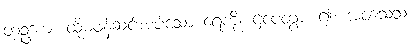
တံဥဒကံ၊ ထိုမဖန်ဆင်းအပ်သော ရေကို။ ဌပေတွာ၊ ၍။ အဝသေသံ၊